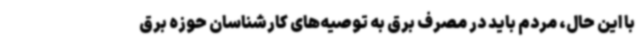
با این حال، مردم باید در مصرف برق به توصیه‌های کارشناسان حوزه برق